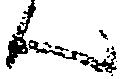
ん